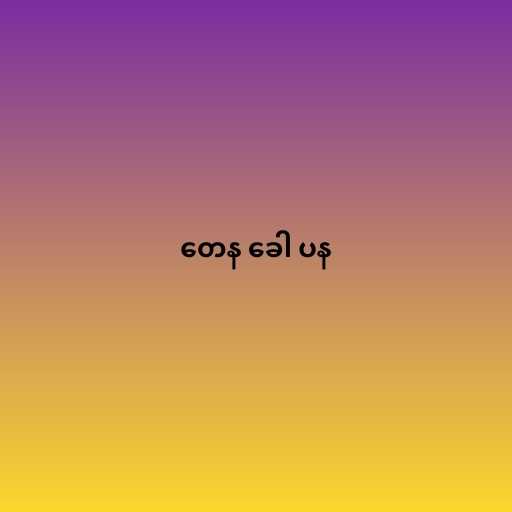
တေန ခေါ ပန